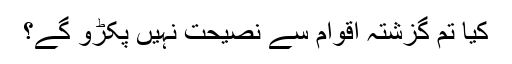
کیا تم گزشتہ اقوام سے نصیحت نہیں پکڑو گے؟